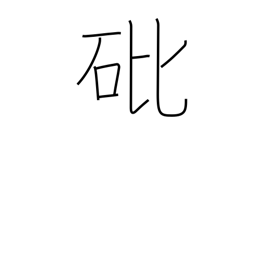
Meaning: arsenic